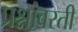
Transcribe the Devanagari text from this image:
प्रश्नांवरती